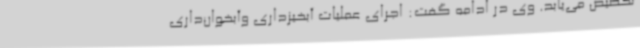
تخصیص می‌یابد. وی در ادامه گفت: اجرای عملیات آبخیزداری وآبخوان‌داری